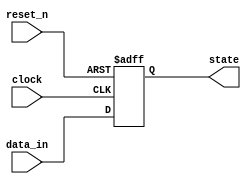
module event_control (
    input wire clock,       // Clock signal
    input wire reset_n,     // Active low reset signal
    input wire [3:0] data_in, // Input data
    output reg [3:0] state   // State output
);

    // Initial state
    initial begin
        state = 4'b0000; // Initialize state to zero
    end

    // Always block sensitive to both positive and negative clock edges
    always @(posedge clock or negedge reset_n) begin
        if (!reset_n) begin
            // Asynchronous reset
            state <= 4'b0000; // Reset state to zero
        end else begin
            // Update state on positive edge of clock
            state <= data_in; // Update state with input data
        end
    end

    always @(negedge clock) begin
        // Additional logic that executes on negative edge of clock
        // For example, you may want to perform some operation here
        // This is just a placeholder for demonstration
        // Example: you could modify state based on some condition
        // if (some_condition) begin
        //     state <= state + 1; // Increment state
        // end
    end

endmodule